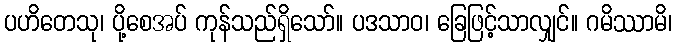
ပဟိတေသု၊ ပို့စေအပ် ကုန်သည်ရှိသော်။ ပဒသာဝ၊ ခြေဖြင့်သာလျှင်။ ဂမိဿာမိ၊